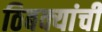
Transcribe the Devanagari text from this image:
ठिबक्यांची